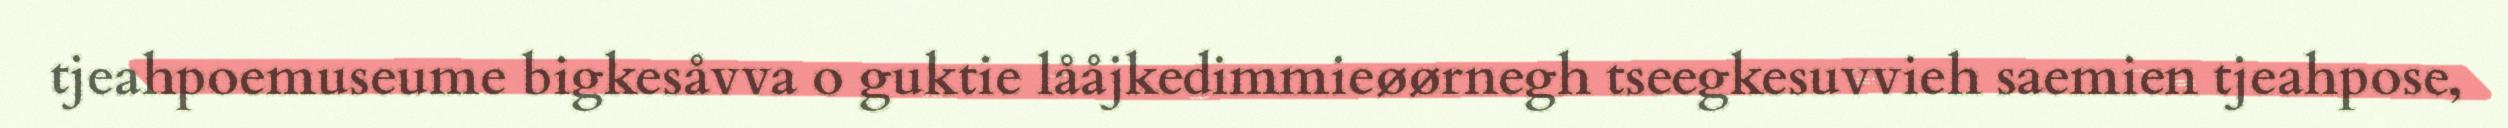
tjeahpoemuseume bigkesåvva o guktie lååjkedimmieøørnegh tseegkesuvvieh saemien tjeahpose,